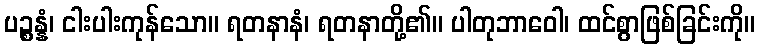
ပဉ္စန္နံ၊ ငါးပါးကုန်သော။ ရတနာနံ၊ ရတနာတို့၏။ ပါတုဘာဝေါ၊ ထင်စွာဖြစ်ခြင်းကို။